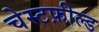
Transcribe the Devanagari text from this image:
चेस्टफ़ील्ड